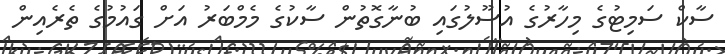
ސާކް ސަމިޓުގެ މިހާރުގެ އުސޫލުގައި ބުނާގޮތުން ސާކުގެ މެމްބަރު އަށް ގައުމުގެ ތެރެއިން